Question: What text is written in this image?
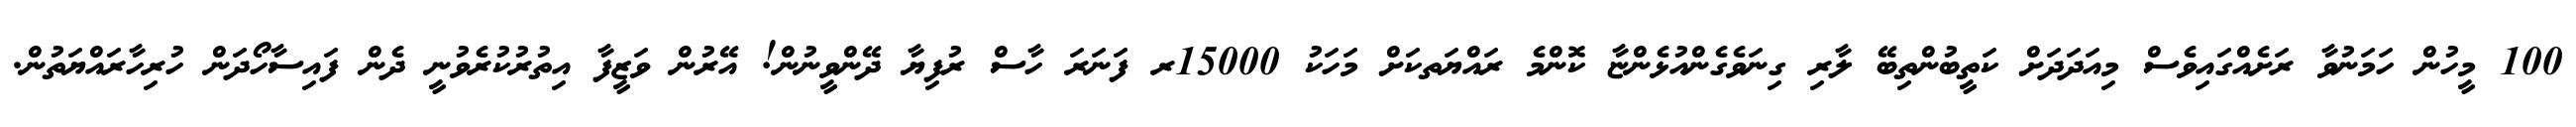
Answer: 100 މީހުން ހަމަނުވާ ރަށެއްގައިވެސް މިއަދަދަށް ކަތީބުންތިބޭ ލާރި ގިނަވެގެންއުޅެންޏާ ކޮންމެ ރައްޔަތކަށް މަހަކު 15000ރ ފަނަރަ ހާސް ރުފިޔާ ދޭންވީނުން! އޭރުން ވަޒީފާ އިތުރުކުރެވުނީ ދެން ފައިސާހޯދަން ހުރިހާރައްޔަތުން.